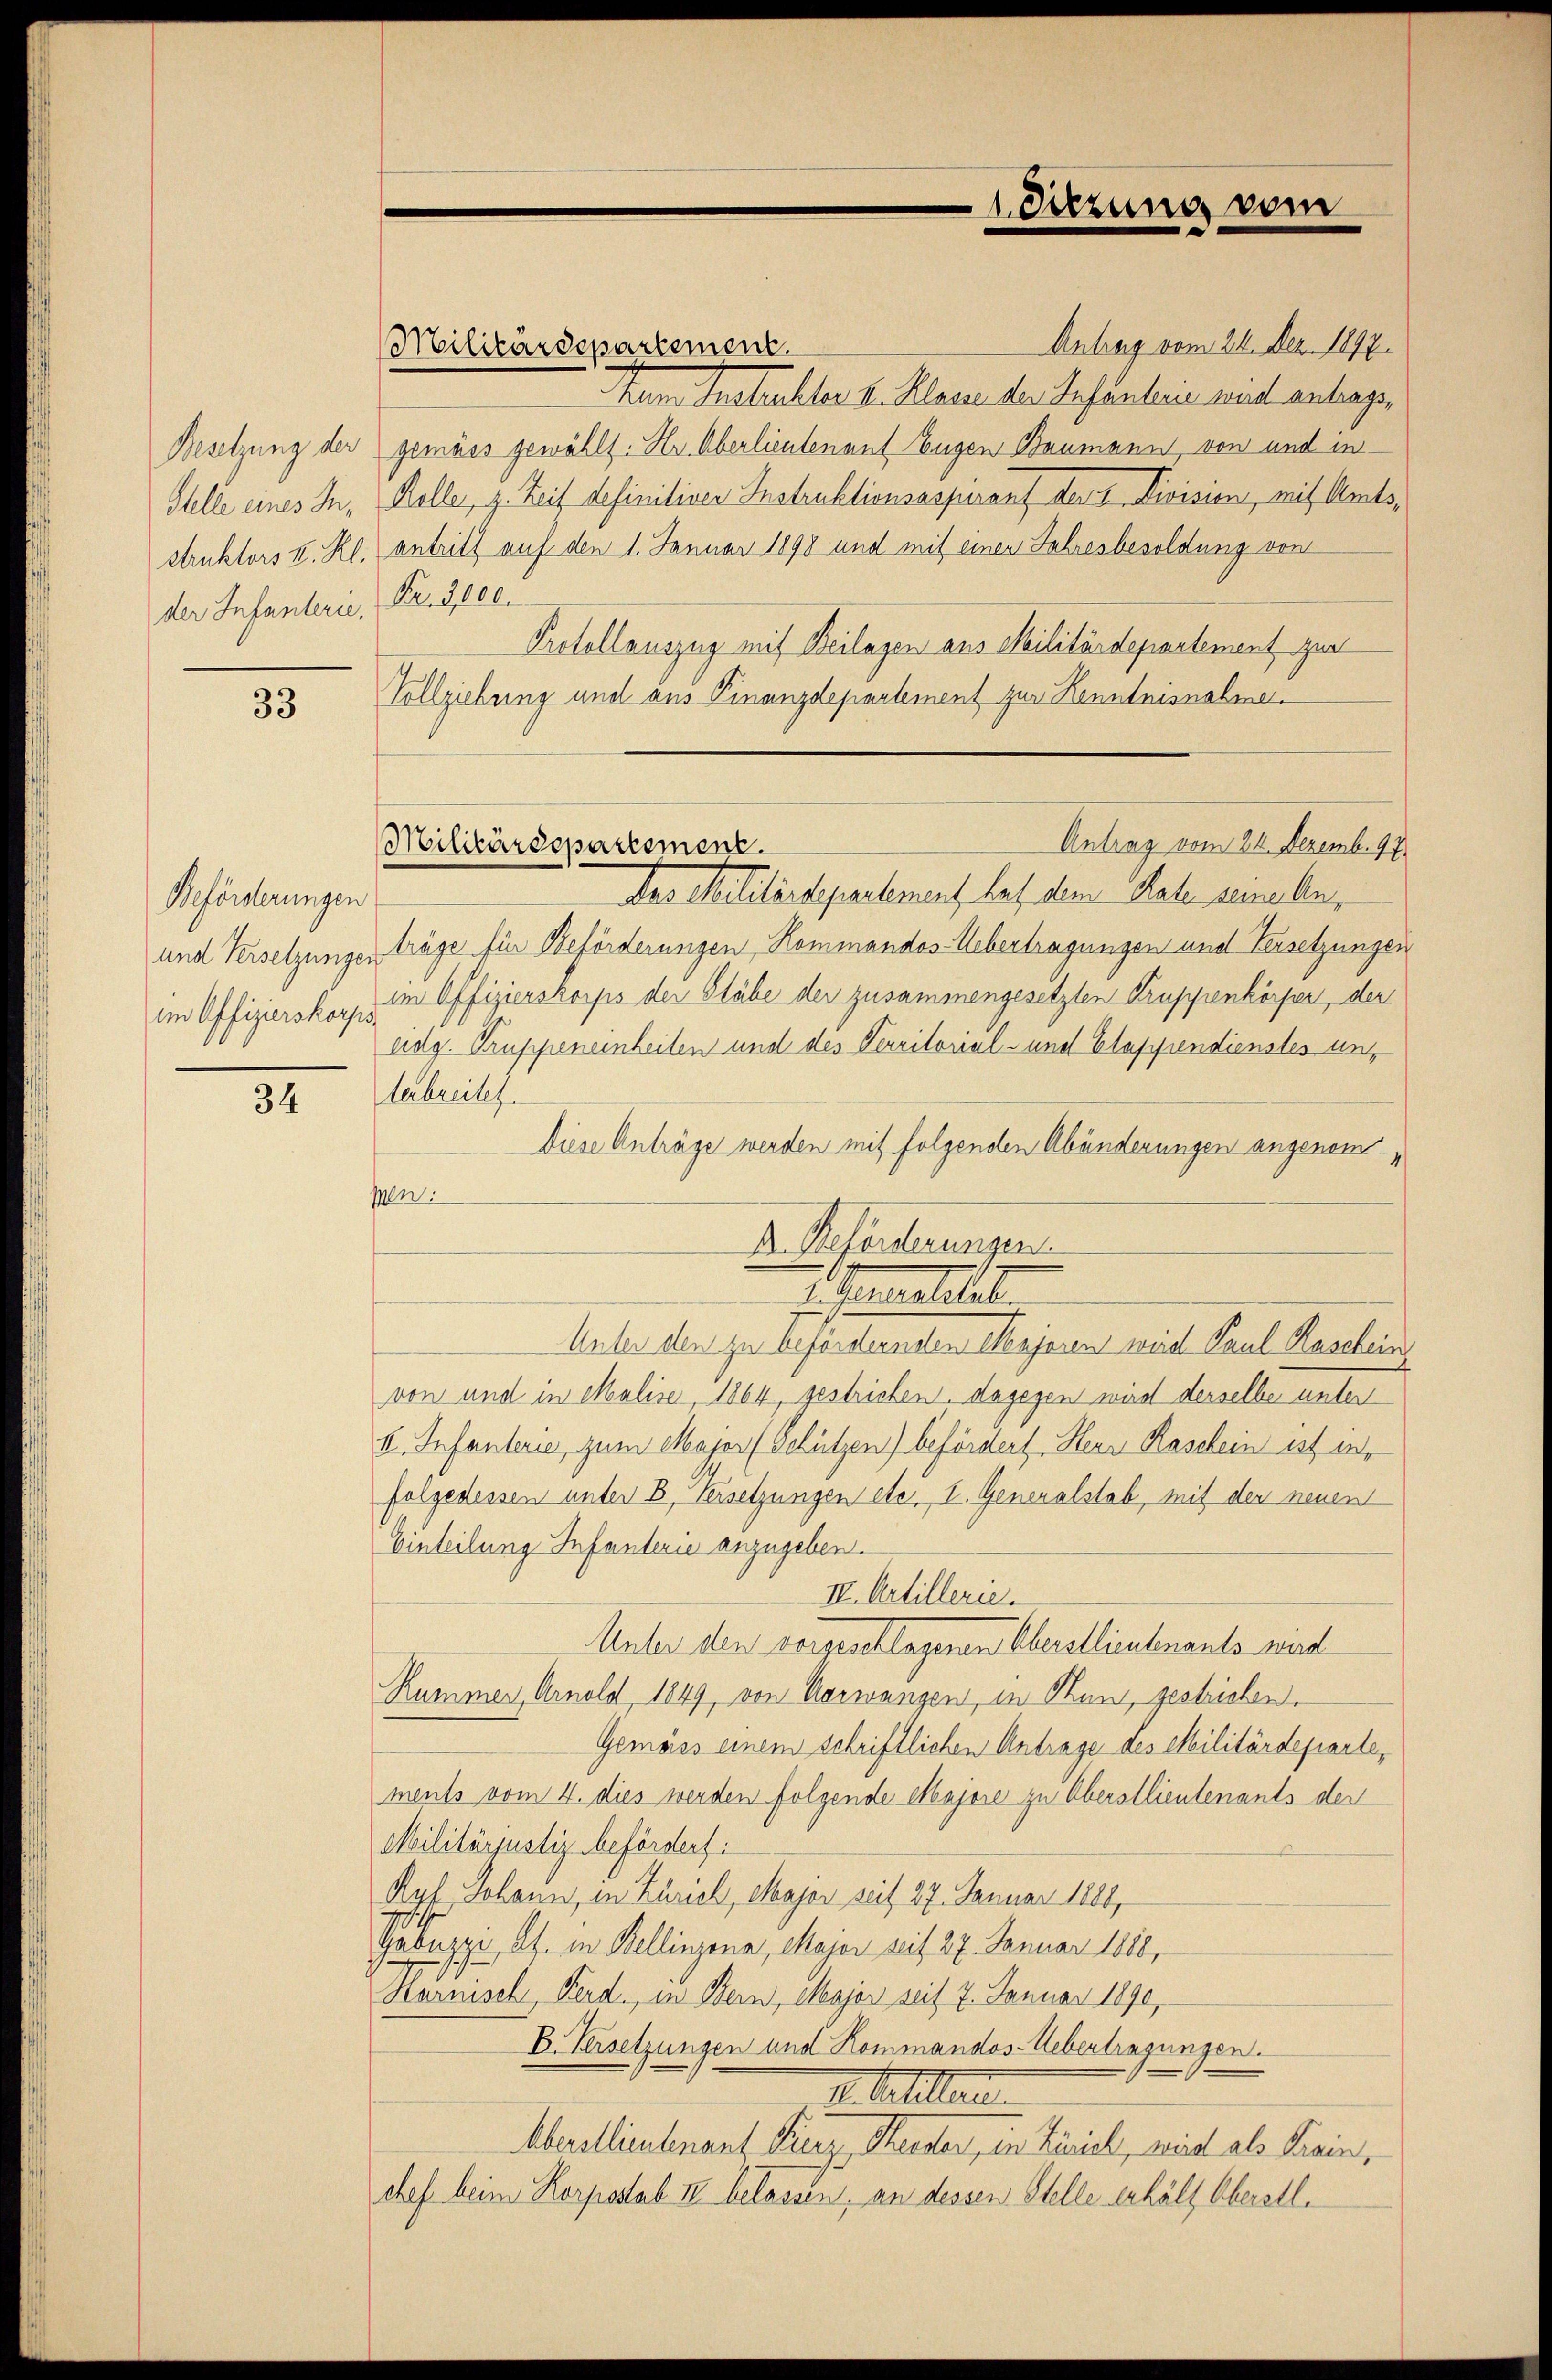
Besetzung der
Stelle eines Instruktors k. Rl.
der Infanterie,

33

Beförderungen
und Versetzungen
im Offizierskorps.

34

Militärdepartement.

Militärdepartement.

Antrag vom 24. Dez. 1897.
Tanne Ansteckter v. Klare der Infanteien nach antragen
gemäss gewählt. Hr. Oberlieutenant Eugen Baumann, von und in
Kolle, z. Zeit definitiver Instruktionsaspirauf der Division, mit Amtsantritt auf den 1. Januar 1898 und mit einen Jahresbesoldung von
Fr. 3000.
Protollauszug mit Beilagen aus Militärdepartement zur
Vollziehung und aus Finanzdepartement zur Kenntnisnahme
Das Militärdepartement, hat dem Rate seele,
träge für Beförderungen, Kommandos-Uebertragungen und Versetzungen
im Offizierskorps der Gläbe der zusammengesetzten Truppenkörper, der
eidg. Truppeneinheiten und des Verritorial- und Etappendienstes unterbreitet.
Diese Anträge werden mit folgenden Abänderungen angenompen.
D. Beförderungen.
arealitat
Unter den zu Beförderneten Merjana mit Paul Kaschein
von und in Malise, 1864, geschrieben, dagegen wird derselbe unter
k. Infanterie, zum Major (Schützen) befördert Herr Raschein ist in
folgedessen unter B. Versetzungen etc. I. Generalstab, mit der neuen
Einteilung Infanterie anzugeben.
IV. Artillerie.
Unter den vorgeschlagenen Oberstlieutnants wird
Rummer Arnold, 1849, von Aarwangen, in Hun, gestrieben.
Gemäss einem schriftlichen Antrage des Militärdeparte,
ments vom 4. dies werden folgende Majore zu Oberstlieutenants der
Militärjustiz befördert:
Ryf Johann, in Zürich, Major seit 27. Januar 1888,
Gabuzzi, Al. in Bellinzona, Major seit 27. Januar 1888,
Harnisch, Ferd., in Bern, Major seit 7. Januar 1890,
E. Versetzungen und Kommandos-Uebertragungen.
1. Matiller
Aberollieutenant Fierz, Seider, in Zürich, wird als Prain,
chef beim Korpsstab IV belassen, an dessen Stelle erhält Oberstl.

1. Sitzung vom

Antrag vom 24. Dezemb. 97.